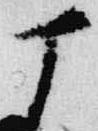
丁